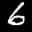
Label: 6